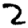
Digit: 2